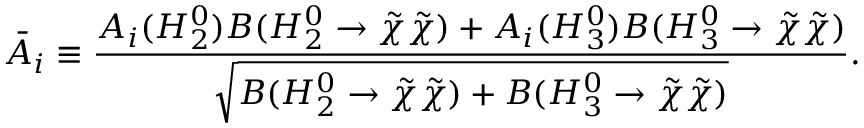
\bar { \cal A } _ { i } \equiv \frac { { \cal A } _ { i } ( H _ { 2 } ^ { 0 } ) B ( H _ { 2 } ^ { 0 } \rightarrow \tilde { \chi } \tilde { \chi } ) + { \cal A } _ { i } ( H _ { 3 } ^ { 0 } ) B ( H _ { 3 } ^ { 0 } \rightarrow \tilde { \chi } \tilde { \chi } ) } { \sqrt { B ( H _ { 2 } ^ { 0 } \rightarrow \tilde { \chi } \tilde { \chi } ) + B ( H _ { 3 } ^ { 0 } \rightarrow \tilde { \chi } \tilde { \chi } ) } } .